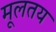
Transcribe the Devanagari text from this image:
मूलतय